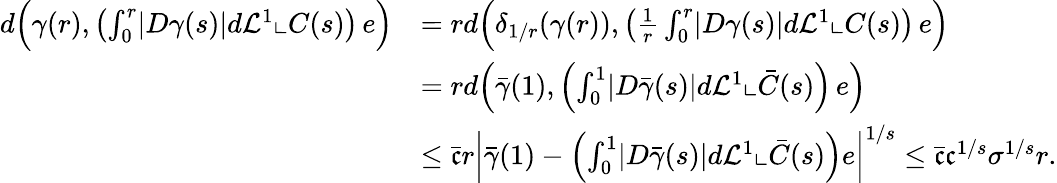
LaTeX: \begin{array}{rl}{d\Big(\gamma(r),\left(\int_{0}^{r}\lvert D\gamma(s)\rvert d\mathcal{L}^{1}\llcorner C(s)\right)\, e\Big)}&{=rd\Big(\delta_{1/r}(\gamma(r)),\left(\frac{1}{r}\int_{0}^{r}\lvert D\gamma(s)\rvert d\mathcal{L}^{1}\llcorner C(s)\right)\, e\Big)}\\ &{=rd\Big(\bar{\gamma}(1),\left(\int_{0}^{1}\lvert D\bar{\gamma}(s)\rvert d\mathcal{L}^{1}\llcorner\bar{C}(s)\right)\, e\Big)}\\ &{\leq\bar{\mathfrak{c}}r\left|\bar{\gamma}(1)-\left(\int_{0}^{1}\lvert D\bar{\gamma}(s)\rvert d\mathcal{L}^{1}\llcorner\bar{C}(s)\right)e\right|^{1/s}\leq\bar{\mathfrak{c}}\mathfrak{c}^{1/s}\sigma^{1/s}r.}\end{array}